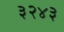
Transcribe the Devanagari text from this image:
३२४३